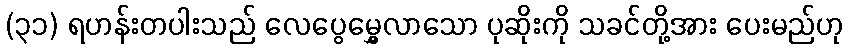
(၃၁) ရဟန်းတပါးသည် လေပွေမွှေ့လာသော ပုဆိုးကို သခင်တို့အား ပေးမည်ဟု